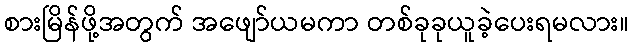
စားမြိန်ဖို့အတွက် အဖျော်ယမကာ တစ်ခုခုယူခဲ့ပေးရမလား။